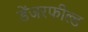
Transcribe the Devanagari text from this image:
डेंजरफील्ड